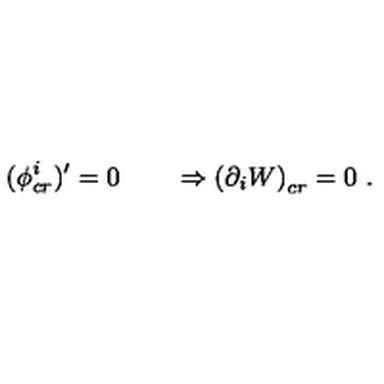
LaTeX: ( \phi _ { c r } ^ { i } ) ^ { \prime } = 0 \qquad \Rightarrow \left( \partial _ { i } W \right) _ { c r } = 0 \ .